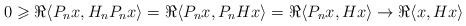
LaTeX: \begin{align*} 0\geqslant \Re \langle P_n x,H_nP_n x\rangle = \Re \langle P_n x, P_n Hx\rangle = \Re \langle P_n x, Hx\rangle \to \Re \langle x,Hx\rangle \end{align*}